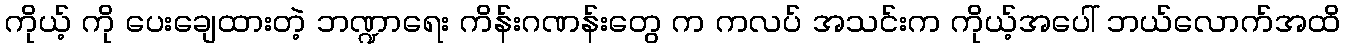
ကိုယ့် ကို ပေးချေထားတဲ့ ဘဏ္ဍာရေး ကိန်းဂဏန်းတွေ က ကလပ် အသင်းက ကိုယ့်အပေါ် ဘယ်လောက်အထိ